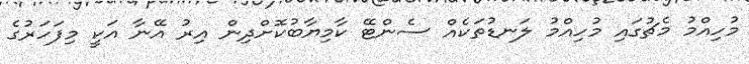
މުހިއްމު މެޗުގައި މުހިއްމު ލަނޑުތަކެއް ސެންޓޭ ކާމިޔާބުކޮށްދިން އިރު އޭނާ އަކީ މިފަހަރުގެ